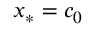
x _ { * } = c _ { 0 }